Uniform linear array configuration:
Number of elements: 32
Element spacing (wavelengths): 0.5
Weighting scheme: exponential
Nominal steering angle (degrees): -45
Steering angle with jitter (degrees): -43.26
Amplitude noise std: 0.05
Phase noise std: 0.05

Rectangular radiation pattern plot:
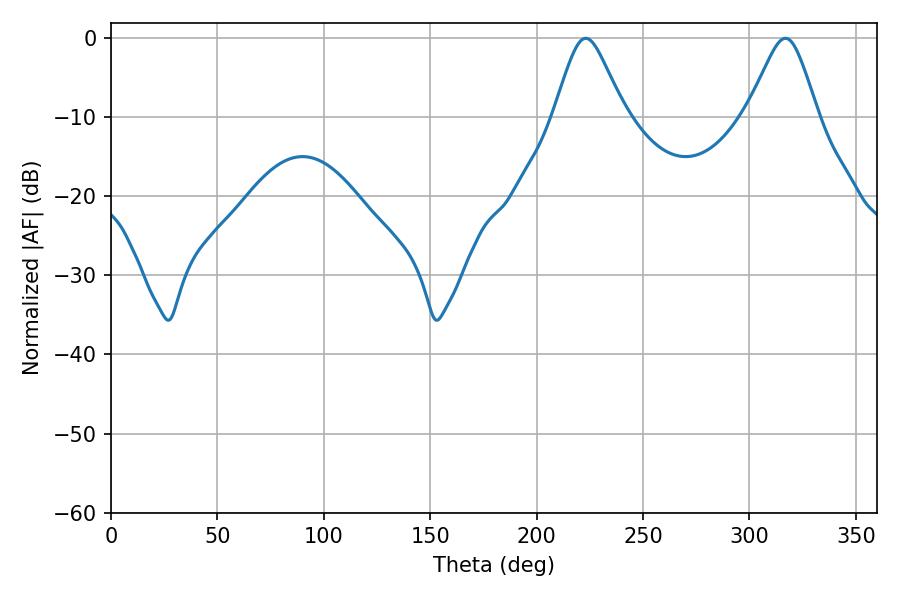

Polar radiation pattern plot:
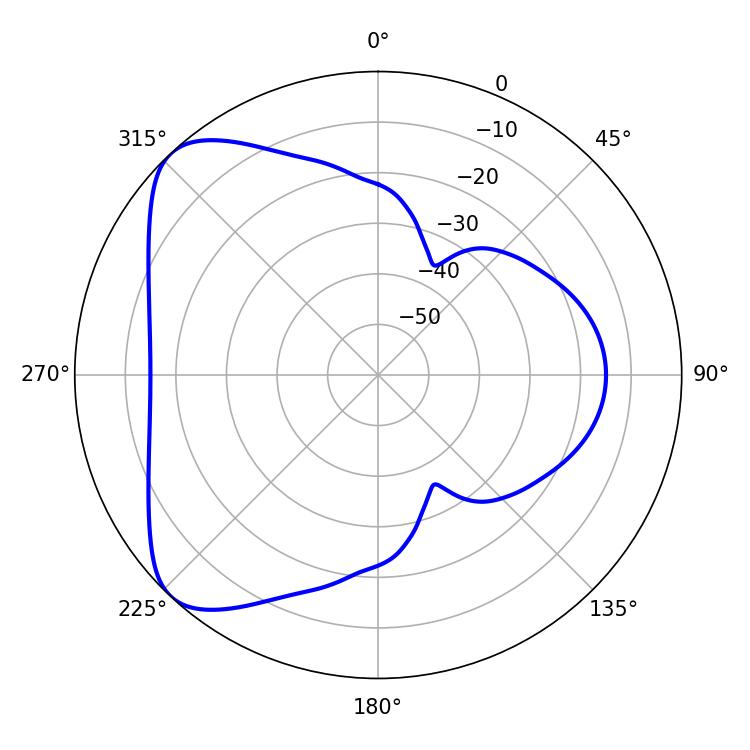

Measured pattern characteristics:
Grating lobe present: FALSE
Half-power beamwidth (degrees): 16.02
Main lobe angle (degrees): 223.02